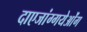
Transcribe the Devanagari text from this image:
दाएजांग्गयेओंग